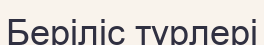
Беріліс түрлері